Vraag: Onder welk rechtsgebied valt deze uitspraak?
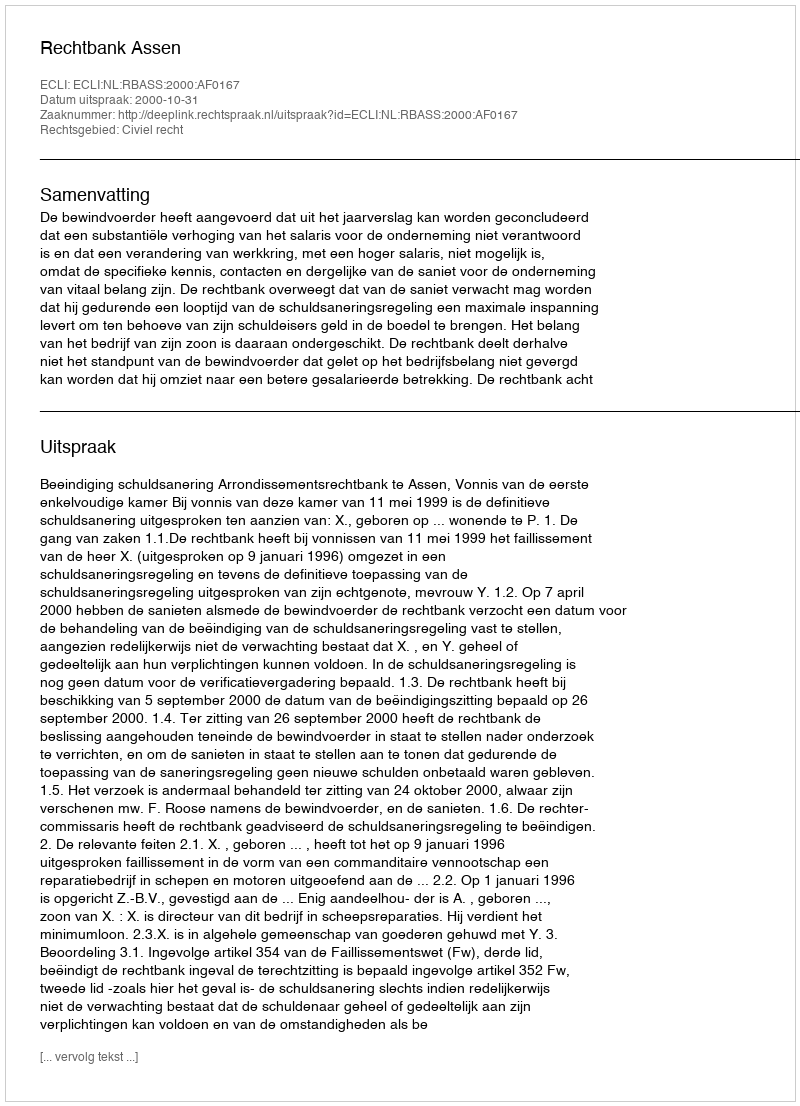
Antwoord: Civiel recht